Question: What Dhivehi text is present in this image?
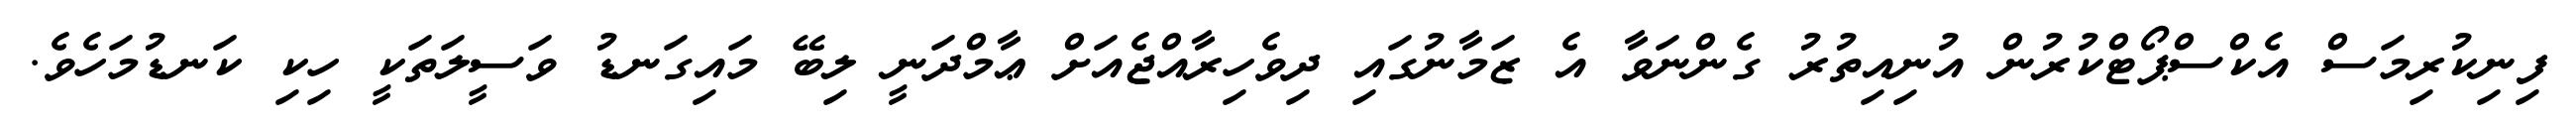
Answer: ފިނިކުރިމަސް އެކްސްޕޯޓްކުރުން އުނިއިތުރު ގެންނަވާ އެ ޒަމާނުގައި ދިވެހިރާއްޖެއަށް ޢާމްދަނީ ލިބޭ މައިގަނޑު ވަސީލަތަކީ ހިކި ކަނޑުމަހެވެ.